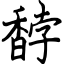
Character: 馞